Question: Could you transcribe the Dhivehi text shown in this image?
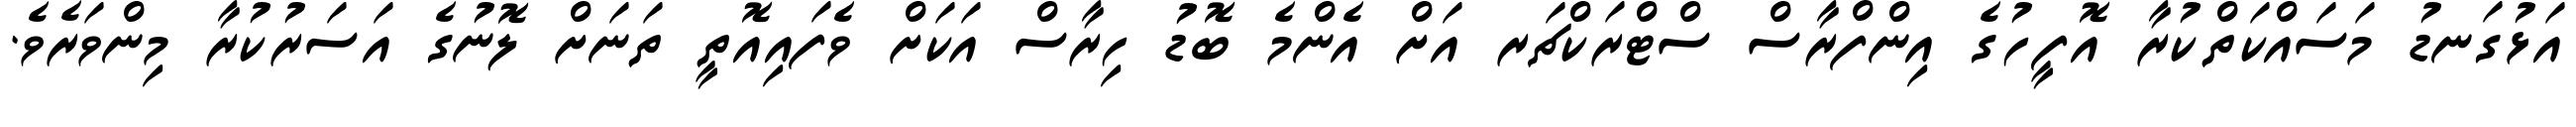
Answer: އަޅުގަނޑު މަސައްކަތްކުރާ އޮފީހުގެ އިންފްރާސް ސްޓްރަކްޗަރ އަށް އެންމެ ބޮޑު ހިރާސް އަކަށް ވެފައިއޮތީ ތަނަށް ލޮނުގެ އަސަރުކުރާ މިންވަރެވެ.